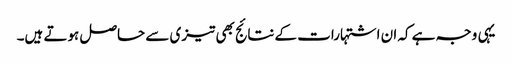
یہی وجہ ہے کہ ان اشتہارات کے نتائج بھی تیزی سے حاصل ہوتے ہیں۔